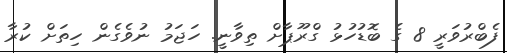
ފެބްރުވަރީ 8 ގެ ބޮޑުހުޅު ގްރޫޕާށް ތިވާނީ. ހަޖަމު ނުވެގެން ހިތަށް ކުރާ